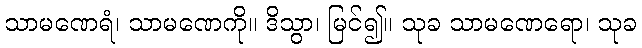
သာမဏေရံ၊ သာမဏေကို။ ဒိသွာ၊ မြင်၍။ သုခ သာမဏေရော၊ သုခ